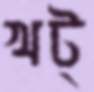
খট্‌